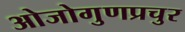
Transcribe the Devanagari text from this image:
ओजोगुणप्रचुर